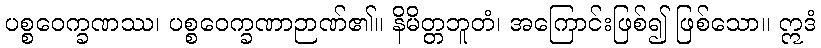
ပစ္စဝေက္ခဏဿ၊ ပစ္စဝေက္ခဏာဉာဏ်၏။ နိမိတ္တဘူတံ၊ အကြောင်းဖြစ်၍ ဖြစ်သော။ ဣဒံ